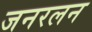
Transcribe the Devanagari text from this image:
जनरलन